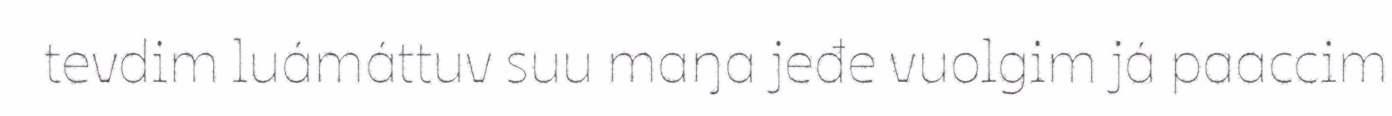
tevdim luámáttuv suu maŋa jeđe vuolgim já paaccim